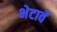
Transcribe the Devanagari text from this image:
भेटावें